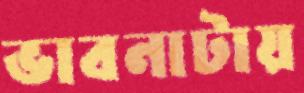
ভাবনাটায়